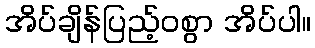
အိပ်ချိန်ပြည့်ဝစွာ အိပ်ပါ။